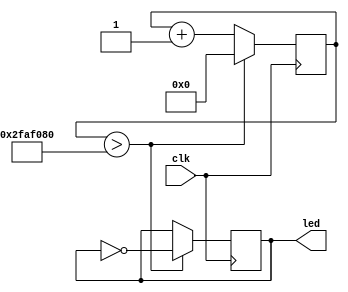
`timescale 1ns / 1ps
//////////////////////////////////////////////////////////////////////////////////
// Company: 
// Engineer: 
// 
// Design Name: 
// Module Name:    blink 
// Project Name: 
// Target Devices: 
// Tool versions: 
// Description: 
//
// Dependencies: 
//
// Revision: 
// Revision 0.01 - File Created
// Additional Comments: 
//
//////////////////////////////////////////////////////////////////////////////////
module blink(
   input clk,
	output led
);

	
	localparam CLOCK_FREQUENCY = 50000000; //00000;


	reg [31:0] counter = 0;
	
	reg rreg = 0;
	assign led = rreg;
	
initial counter = 0;
 always @(posedge clk) 
         begin 
			
			if (counter > 50000000) 
			begin
				rreg = ~rreg;
				counter = 0;  
			end 
			else 
				counter = counter + 1; 
			
			end
			

endmodule